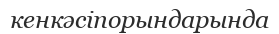
кенкәсіпорындарында